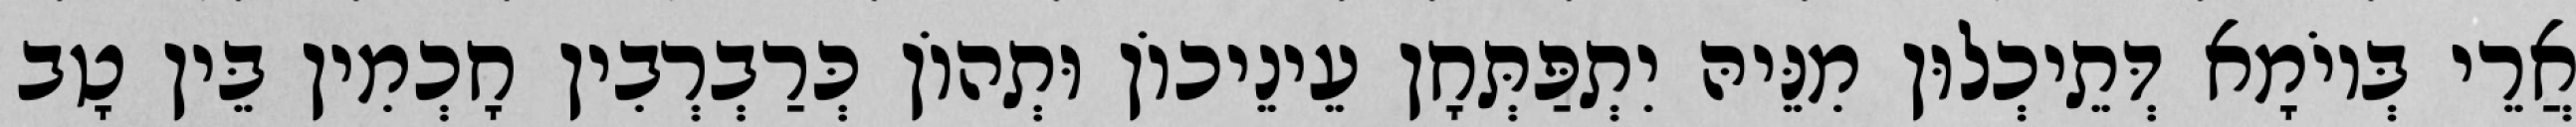
אֲרֵי בְּיוֹמָא דְּתֵיכְלוּן מִנֵּיהּ יִתְפַּתְּחָן עֵינֵיכוֹן וּתְהוֹן כְּרַבְרְבִין חָכְמִין בֵּין טָב